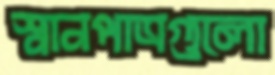
স্নানপাত্রগুলো